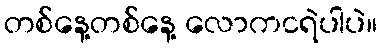
တစ်နေ့တစ်နေ့ လောကငရဲပါပဲ။